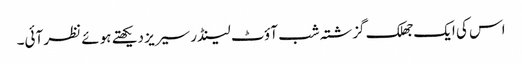
اس کی ایک جھلک گزشتہ شب آؤٹ لینڈر سیریز دیکھتے ہوئے نظر آئی۔